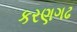
કરણગઢ